Board of Education Examinations in Art and in Science and Technology, and Examinations of the City and Guilds of London Institute, 1918, 1918
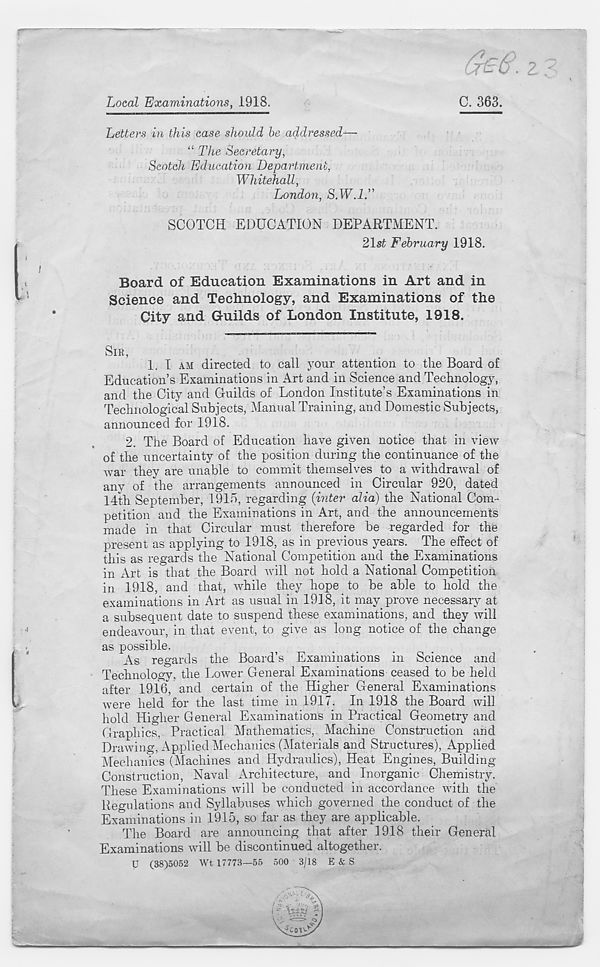
Local Examinations, 1918.
C. 363.
Letters in this case should be addressed—
“ The Secretary,
Scotch Education Department,
Whitehall,
London, S.W.IT
SCOTCH EDUCATION DEPARTMENT.
21 st February 1918.
Board of Education Examinations in Art and in
Science and Technology, and Examinations of the
City and Guilds of London Institute, 1918.
SIR,
1. I AM directed to call your attention to the Board of
Education’s Examinations in Art and in Science and Technology,
and the City and Guilds of London Institute’s Examinations in
Technological Subjects, Manual Training, and Domestic Subjects,
announced for 1918.
2. The Board of Education have given notice that in view
of the uncertainty of the position during the continuance of the
war they are unable to commit themselves to a withdrawal of
any of the arrangements announced in Circular 920, dated
14th September, 1915, regarding {inter alia) the National Com-
petition and the Examinations in Art, and the announcements
made in that Circular must therefore be -regarded for the
present as applying to 1918, as in previous years. The effect of
this as regards the National Competition and the Examinations
in Art is that the Board will not hold a National Competition
in 1918, and that, while they hope to be able to hold the
examinations in Art as usual in 1918, it may prove necessary at
a subsequent date to suspend these examinations, and they will
endeavour, in that event, to give as long notice of the change
as possible.
As regards the Board’s Examinations in Science and
Technology, the Lower General Examinations ceased to be held
after 1916, and certain of the Higher General Examinations
were held for the last time in 1917. In 1918 the Board will
hold Higher General Examinations in Practical Geometry and
Graphics, Practical Mathematics, Machine Construction and
Drawing, Applied Mechanics (Materials and Structures), Applied
Mechanics (Machines and Hydraulics), Heat Engines, Building-
Construction, Naval Architecture, and Inorganic Chemistry.
These Examinations will be conducted in accordance with the
Regulations and Syllabuses which governed the conduct of the
Examinations in 1915, so far as they are applicable.
The Board are announcing that after 1918 their General
Examinations will be discontinued altogether,
u (38)5052 Wt 17773—55 500 3/18 E & S